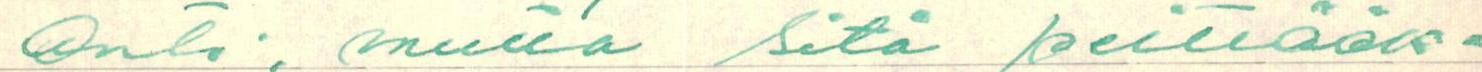
anti. mutta sitä peittääk=